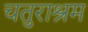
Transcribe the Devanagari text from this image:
चतुराश्रम